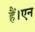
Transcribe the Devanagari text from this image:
हैं।एन